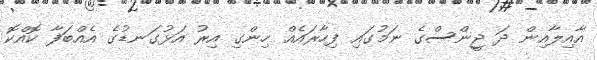
އާއިލާއިން ދަ ޖީންސްގެ ނަމުގައި ފިހާރައެއް ހިންގި އިރު އަޅުގަނޑުގެ އެއްބަފާ ކޮއްކޮ